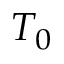
T _ { 0 }